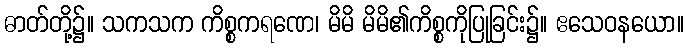
ဓာတ်တို့၌။ သကသက ကိစ္စကရဏေ၊ မိမိ မိမိ၏ကိစ္စကိုပြုခြင်း၌။ ဧသေဝနယော။